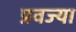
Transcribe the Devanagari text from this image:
प्रवज्या